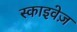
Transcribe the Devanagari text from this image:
स्काइवेज़